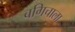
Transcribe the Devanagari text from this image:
बगिचाला